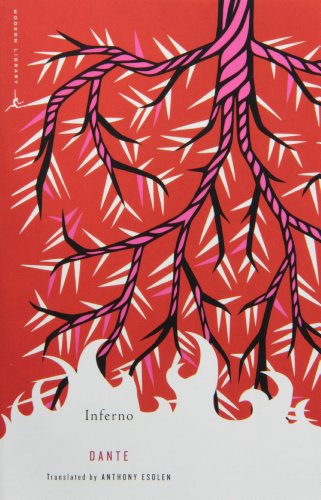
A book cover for Inferno (Modern Library Classics); Dante; Literature & Fiction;